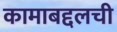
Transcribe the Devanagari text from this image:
कामाबद्दलची